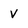
Character: V